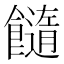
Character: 𩟆